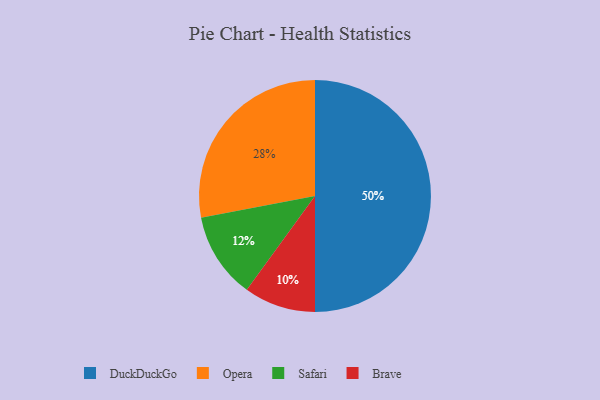
{"axis": {"x": "Category", "y": "Percentage"}, "legend": ["Brave", "DuckDuckGo", "Opera", "Safari"], "data": [{"x": "Brave", "y": 10, "type": "Brave"}, {"x": "Opera", "y": 28, "type": "Opera"}, {"x": "Safari", "y": 12, "type": "Safari"}, {"x": "DuckDuckGo", "y": 50, "type": "DuckDuckGo"}]}